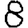
Digit: 8